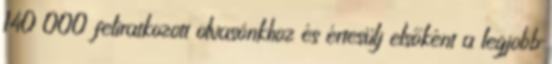
140 000 feliratkozott olvasónkhoz és értesülj elsőként a legjobb